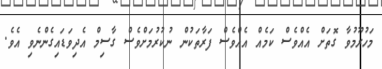
މަހުރޫމުވާ ގޮތަށް އެއްވެސް ކަމެއް އެއްވެސް ފަރާތަކުން ނުކުރުމަށްވެސް ގާސިމް އެދިވަޑައިގެންނެވި އެވެ.